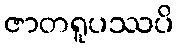
ဇာတရူပဿပိ